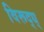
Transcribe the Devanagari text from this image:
विरूद्ध्